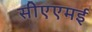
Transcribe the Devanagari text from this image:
सीएएमई